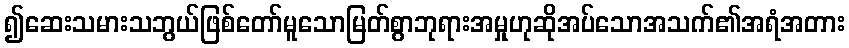
၍ဆေးသမားသဘွယ်ဖြစ်တော်မူသောမြတ်စွာဘုရားအမှုဟုဆိုအပ်သောအသက်၏အရံအတား